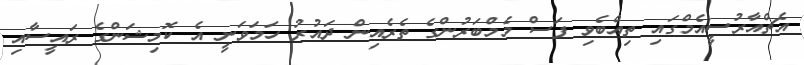
އެޗްއާރުސީއެމްގައި ތިއްބެވި ފަސް މެމްބަރުންގެ ތެރެއިން ދައުރު ހަމަވަނީ އެ ކޮމިޝަންގެ ރައީސާއި